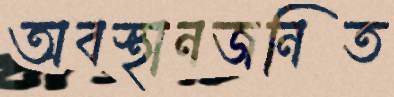
অবস্থানজনিত